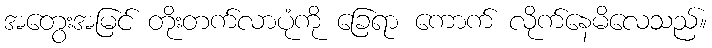
အတွေးအမြင် တိုးတက်လာပုံကို ခြေရာ ကောက် လိုက်နေမိလေသည်။